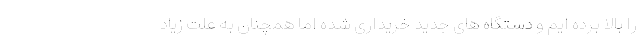
را بالا برده ایم و دستگاه های جدید خریداری شده اما همچنان به علت زیاد